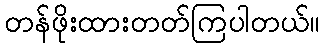
တန်ဖိုးထားတတ်ကြပါတယ်။